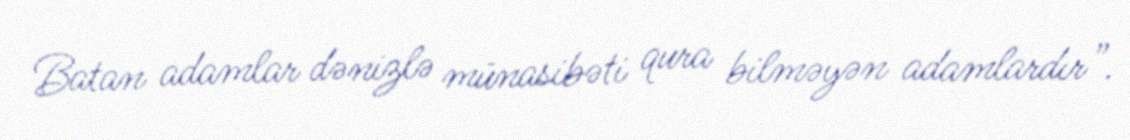
Batan adamlar dənizlə münasibəti qura bilməyən adamlardır”.